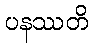
ပနဿတိ